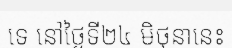
ទេ នៅថ្ងៃទី២៤ មិថុនានេះ